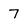
Character: 7